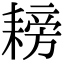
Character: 耪